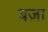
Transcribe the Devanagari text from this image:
बज़ा